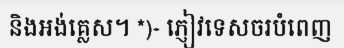
និងអង់គ្លេស។ *)- ភ្ញៀវទេសចរបំពេញ